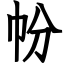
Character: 帉